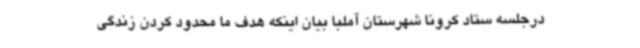
درجلسه ستاد کرونا شهرستان آملبا بیان اینکه هدف ما محدود کردن زندگی